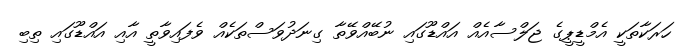
ހަރަކާތަކީ އެމްޑީޕީގެ ޖަލްސާއެއް އައްޑޫގައި ނުބޭއްވޭތާ ގިނަދުވަސްތަކެއް ވެފައިވާތީ އާއި އައްޑޫގައި ތިބި